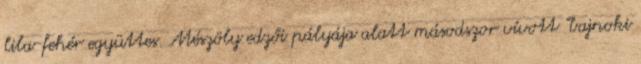
lila-fehér együttes. Mészöly edzői pályája alatt másodszor vívott "bajnoki